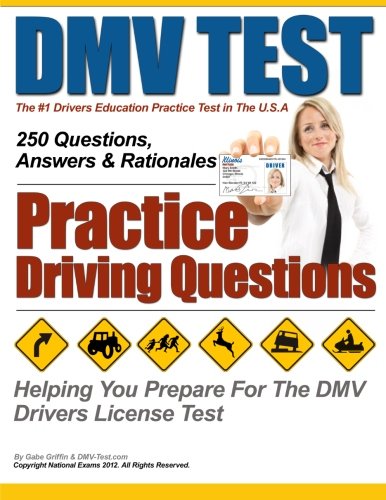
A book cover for DMV Test Practice Driving Questions; Mr Gabe Griffin; Test Preparation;